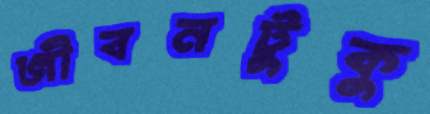
জীবনটুকু